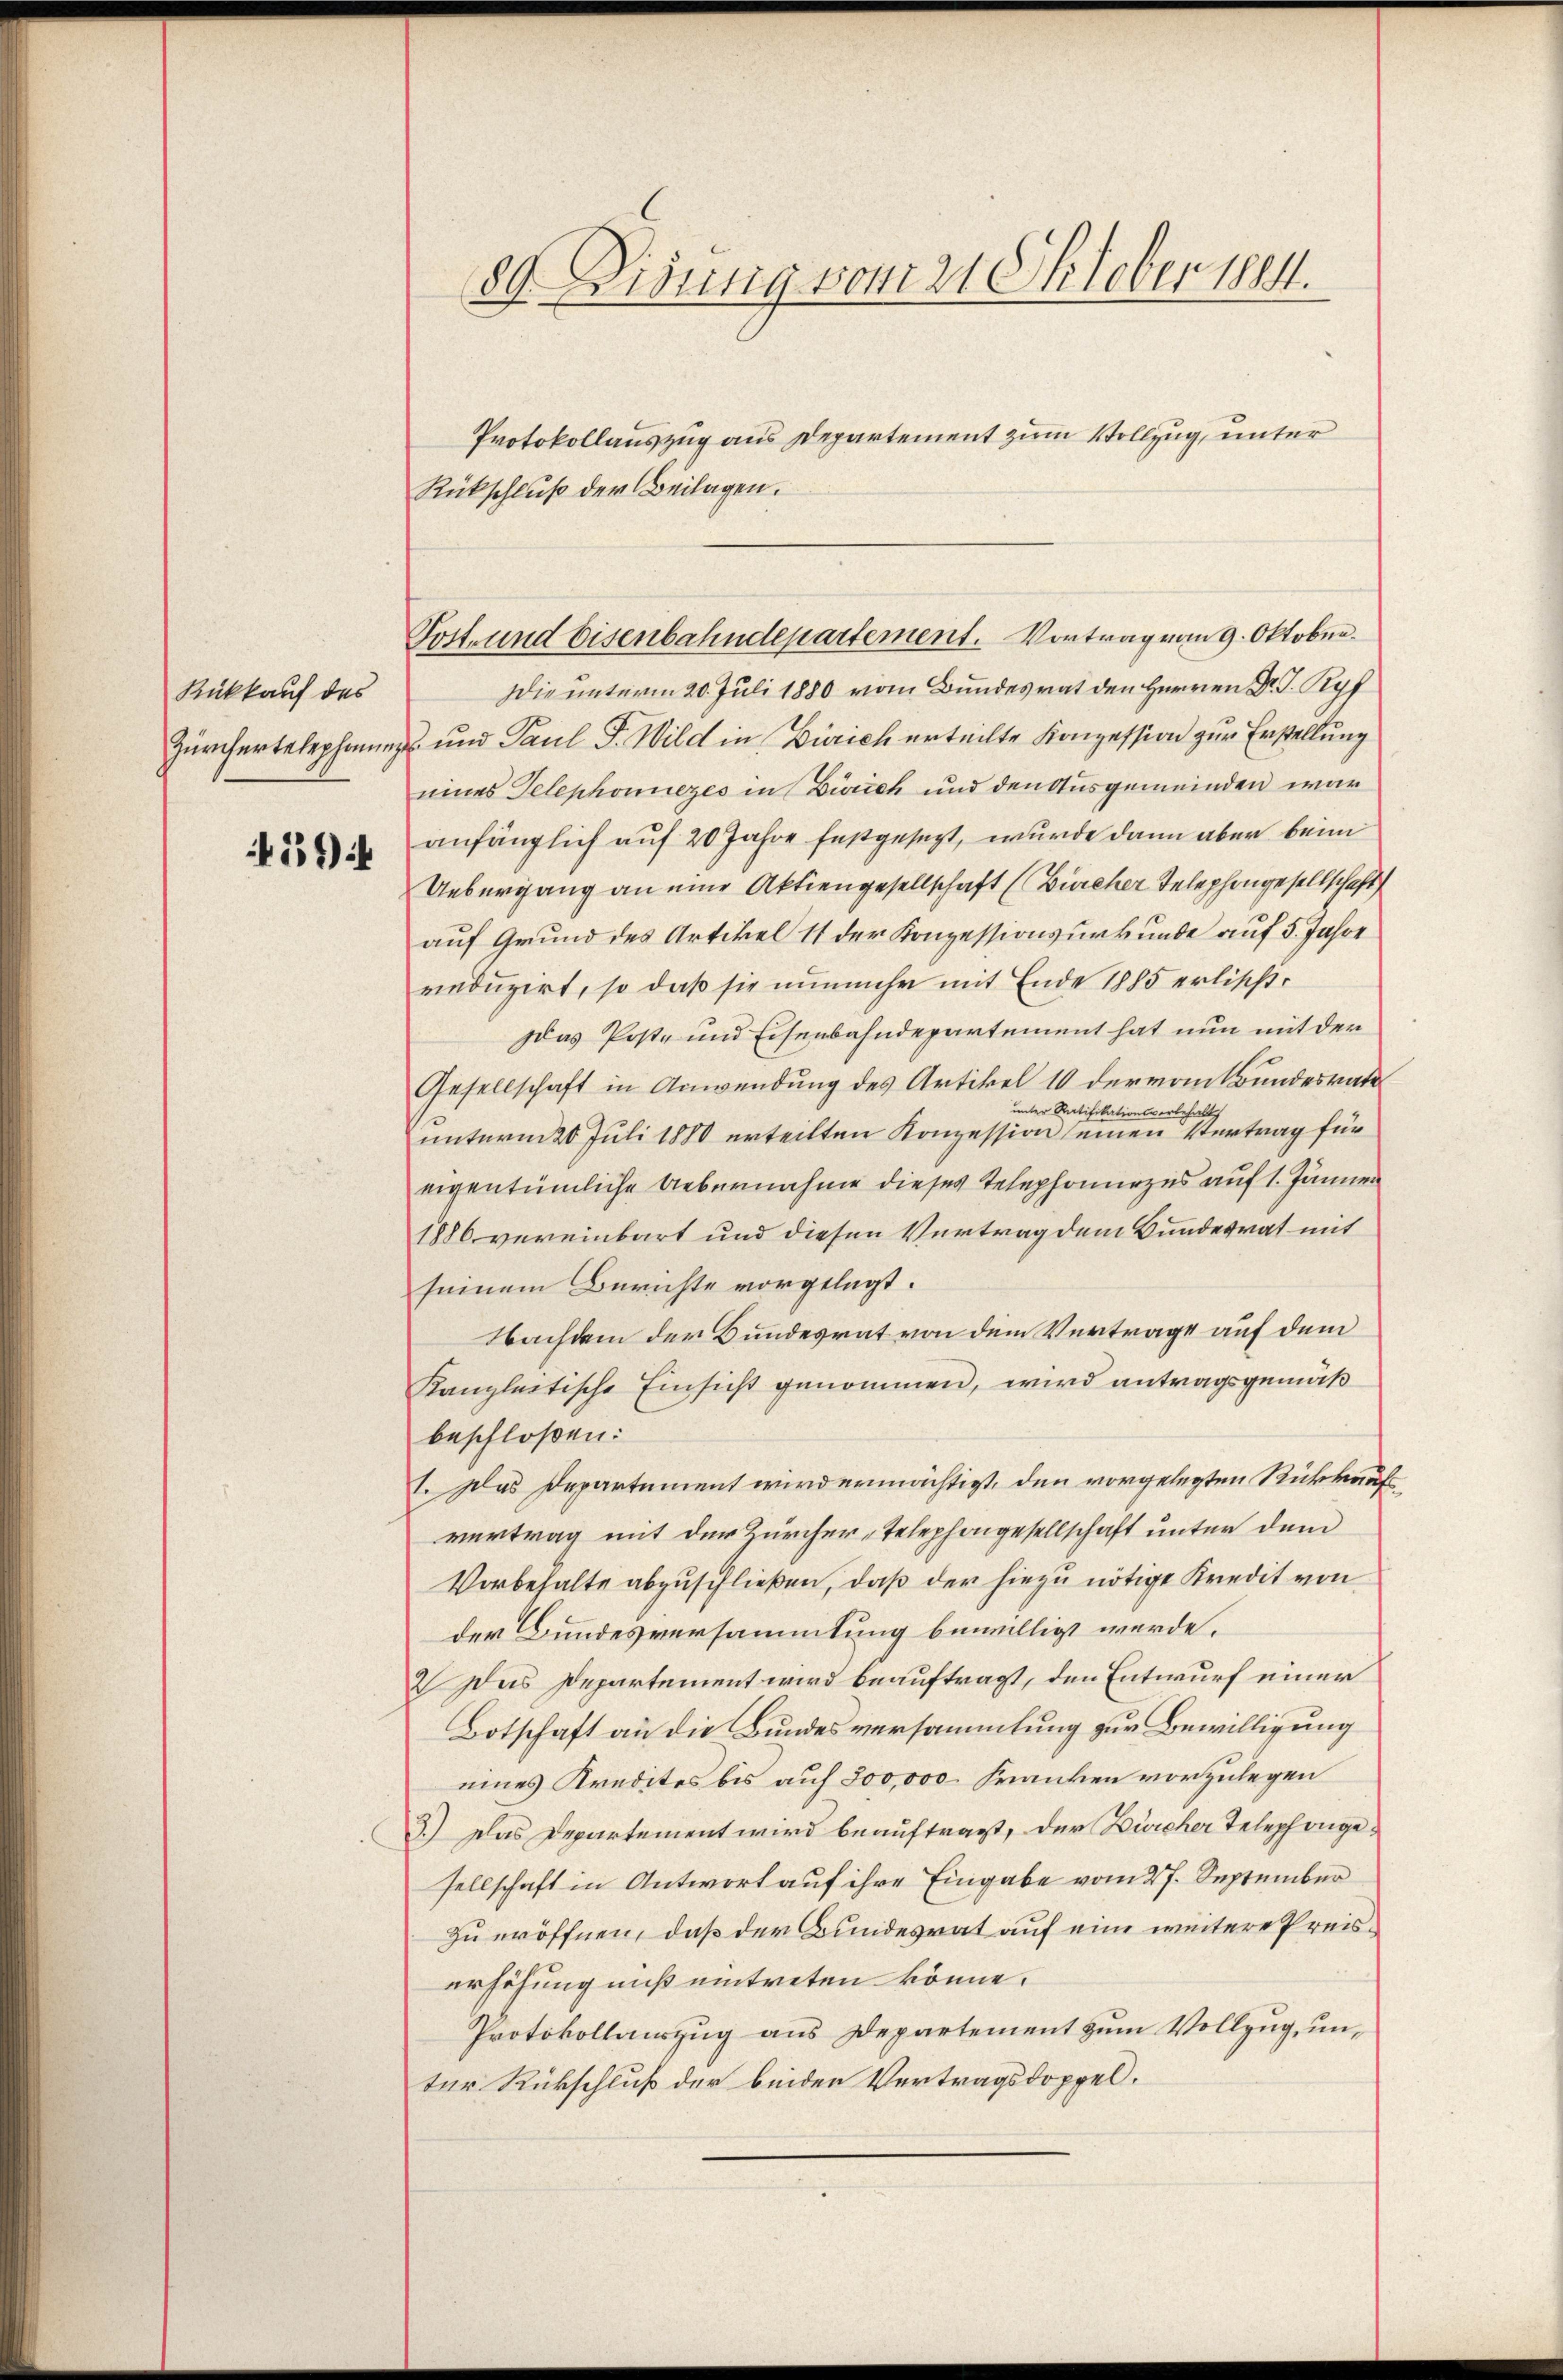
Rückkauf des

4594

89. Disung vom 21. Oktober 1884.

Protokollauszug aus Departement zum Vollzug, unter
Rückschluß der Beilagen.
Die unterm 20. Juli 1880 vom Bundesrat den Herren Dr. G. Ryf
Zürchertelephonen und Paul F. Wild in Zürich erteilte Konzession zur Erstellung
eines Telephonnezes in Zürich und den Ausgemeinden war
anfänglich auf 20 Jahre festgesezt, wurde dann aber beim
Uebergang an eine Aktiengesellschaft (Bürcher Telephongesellschaft
auf Grund des Artikel 11 der Konzessionsurkunde auf 5. Jahre
reduzirt, so daß sie nunmehr mit Ende 1885 erlischt.
das Post- und Eisenbahndepartement hat nun mit der
Gesellschaft in Anwendung des Artikel 10 der vom Bundesrat
unter Ratifikationsvorbehalt
unterm 20. Juli 1880 erteilten Konzession seinen Vertrag für
eigentümliche Uebernahme dieses Telephonanzes auf 1. Jänner
1886 vereinbart und diesen Vertrag dem Bundesrat mit
seinem Berichte vorgelegt.
Nachdem der Bundesrat von dem Vertrage auf dem
Kanzleitische Einsicht genommen, wird antragsgemäß
beschloßen:
I. Das Departement wird ermächtigt, den vorgelegten Rückkauf
vertrag mit der Zürcher-Telephongesellschaft unter dem
Vorbehalte abzuschließen, daß der hiezu nötige Kredit von
der Bundesversammlung bewilligt werde.
2 Das Departement wird beauftragt, den Entwurf einer
Botschaft an die Bundesversammlung zur Bewilligung
eines Kredites bis auf 300,000 Franken vorzulegen
D.) Das Departement wird beauftragt, der Dircher Telephongesellschaft in Antwort auf ihre Eingabe vom 27. September
zu eröffnen, daß der Bundesrat auf eine weitere Preiserhöhung muß eintreten könne.
Protokollauszug aus Departement zum Vollzug, unter Rückschluß der beiden Vertragsdoppel.

Tost- und Eisenbahndepartement. Vortrag vom 9. Oktober.